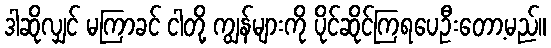
ဒါဆိုလျှင် မကြာခင် ငါတို့ ကျွန်များကို ပိုင်ဆိုင်ကြရပေဦးတော့မည်။